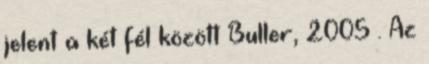
jelent a két fél között Buller, 2005 . Az